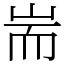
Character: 耑